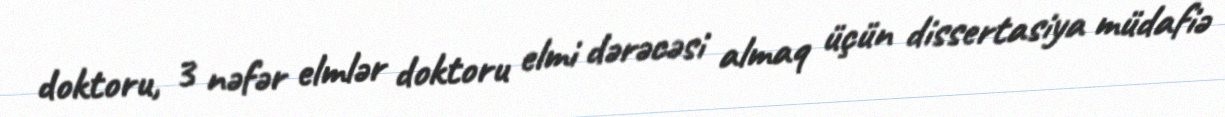
doktoru, 3 nəfər elmlər doktoru elmi dərəcəsi almaq üçün dissertasiya müdafiə